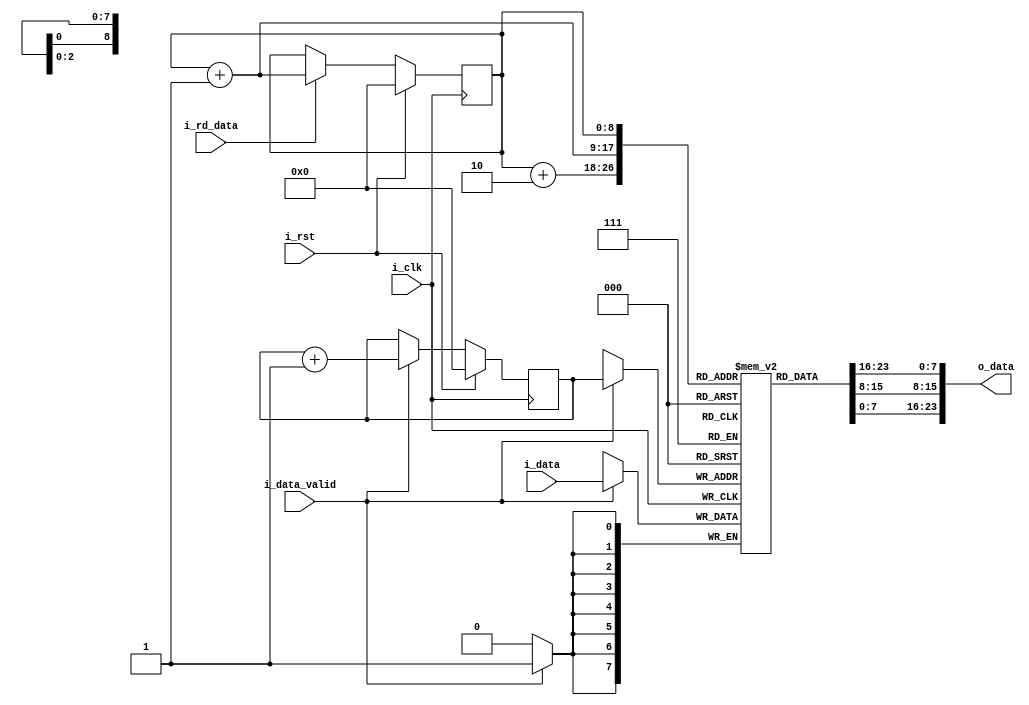
`timescale 1ns / 1ps
//////////////////////////////////////////////////////////////////////////////////
// Company: 
// Engineer: 
// 
// Design Name: 
// Module Name: lineBuffer
// Project Name: 
// Target Devices: 
// Tool Versions: 
// Description: 
// 
// Dependencies: 
// 
// Revision:
// Revision 0.01 - File Created
// Additional Comments:
// 
//////////////////////////////////////////////////////////////////////////////////



module lineBuffer(
input   i_clk,
input   i_rst,
input [7:0] i_data,
input   i_data_valid,
output [23:0] o_data,
input i_rd_data
);

//model the memory- line buffer- for storing 512 byte image
reg [7:0] line [511:0]; //line buffer
reg [8:0] wrPntr;
reg [8:0] rdPntr;


// model how data will be stored
always @(posedge i_clk)
begin
    if(i_data_valid)
        line[wrPntr] <= i_data;
end

always @(posedge i_clk)
begin
    if(i_rst)
        wrPntr <= 'd0;
    else if(i_data_valid)
        wrPntr <= wrPntr + 'd1;
end

//model how data will be read from the buffer
assign o_data = {line[rdPntr],line[rdPntr+1],line[rdPntr+2]};

always @(posedge i_clk)
begin
    if(i_rst)
        rdPntr <= 'd0;
    else if(i_rd_data)
        rdPntr <= rdPntr + 'd1;
end


endmodule